Madras plague regulations in force outside the Presidency town - Volume 2
Disease focus: Plague
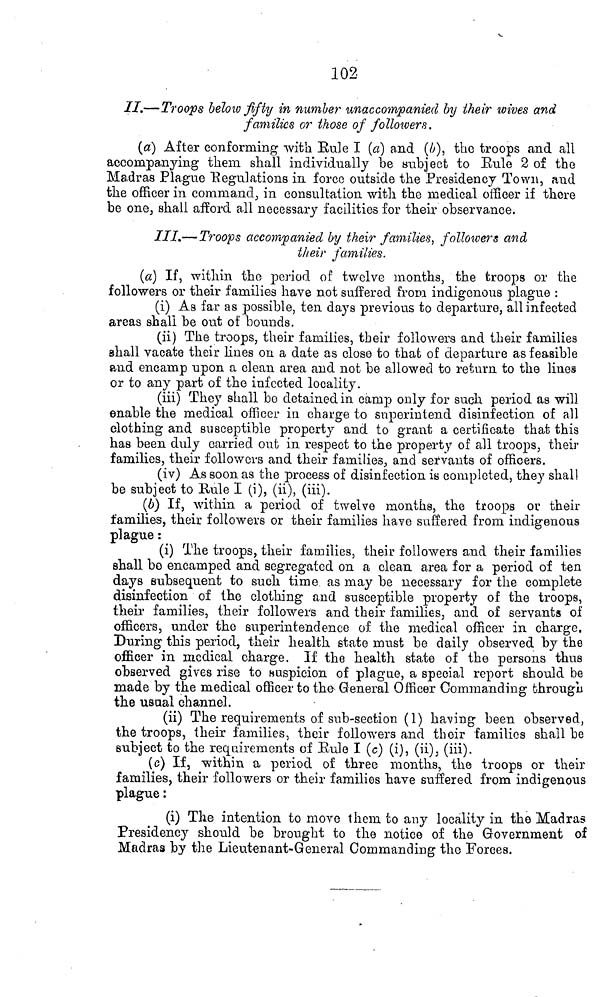
102
//.—Troops below fifty in number unaccompanied by their wives and
families or those of followers.
(a} After conforming with Rule I (a) and (b), the troops and all
accompanying them shall individually be subject to Eule 2 of the
Madras Plague Regulations in force outside the Presidency Town, and
the officer in command, in consultation with the medical officer if there
be one, shall afford all necessary facilities for their observance.
III.— Troops accompanied by their families, followers and
their families.
(a) If, within the period of twelve months, the troops or the
followers or their families have not suffered from indigenous plague :
(i) As far as possible, ten days previous to departure, all infected
areas shall be out of bounds.
(ii) The troops, their families, their followers and their families
shall vacate their lines on a date as close to that of departure as feasible
and encamp upon a clean area and not be allowed to return to the lines
or to any part of the infected locality.
(iii) They shall bo detained in camp only for such period as will
enable the medical officer in charge to superintend disinfection of all
clothing and susceptible property and to grant a certificate that this
has been duly carried out in respect to the property of all troops, their
families, their followers and their families, and servants of officers.
(iv) As soon as the process of disinfection is completed, they shall
be subject to Bule I (i), (ii), (iii).
(6) If, within a period of twelve months, the troops or their
families, their followers or their families have suffered from indigenous
plague :
(i) The troops, their families, their followers and their families
shall bo encamped and segregated on a clean area for a period of ten
days subsequent to such time as may be necessary for the complete
disinfection of the clothing and susceptible property of the troops,
their families, their followers and their families, and of servants of
officers, under the superintendence of the medical officer in charge,
During this period, their health state must be daily observed by the
officer in medical charge. If the health state of the persons thus
observed gives rise to suspicion of plague, a special report should be
made by the medical officer to the General Officer Commanding through
the usual channel.
(ii) The requirements of sub-section (1) having been observed,
the troops, their families, their followers and their families shall be
subject to the requirements of Eule I (c) (i), (ii), (iii).
(c) If, within a period of three months, the troops or their
families, their followers or their families have suffered from indigenous
plague :
(i) The intention to move them to any locality in the Madras
Presidency should be brought to the notice of the Government of
Madras by the Lieutenant-General Commanding the Forces.